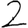
Digit: 2